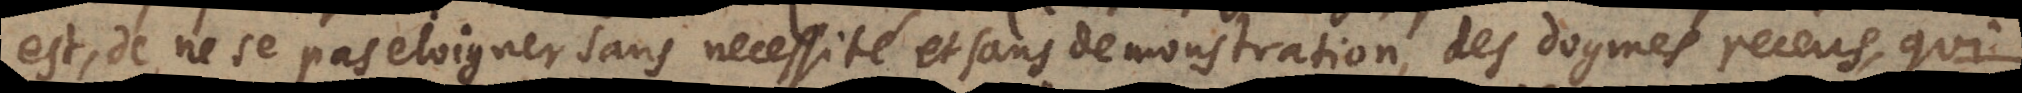
est, de ne se pas eloigner sans necessité et sans demonstration, des dogmes receus, qui